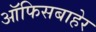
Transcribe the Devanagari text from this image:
ऑफिसबाहेर